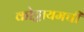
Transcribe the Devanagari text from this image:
कोट्टायमची